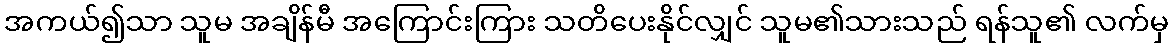
အကယ်၍သာ သူမ အချိန်မီ အကြောင်းကြား သတိပေးနိုင်လျှင် သူမ၏သားသည် ရန်သူ၏ လက်မှ